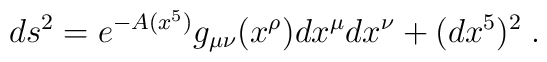
ds^2 = e^{-A(x^5)}g_{\mu\nu}(x^\rho)dx^\mu dx^\nu+(dx^5)^2 \; .